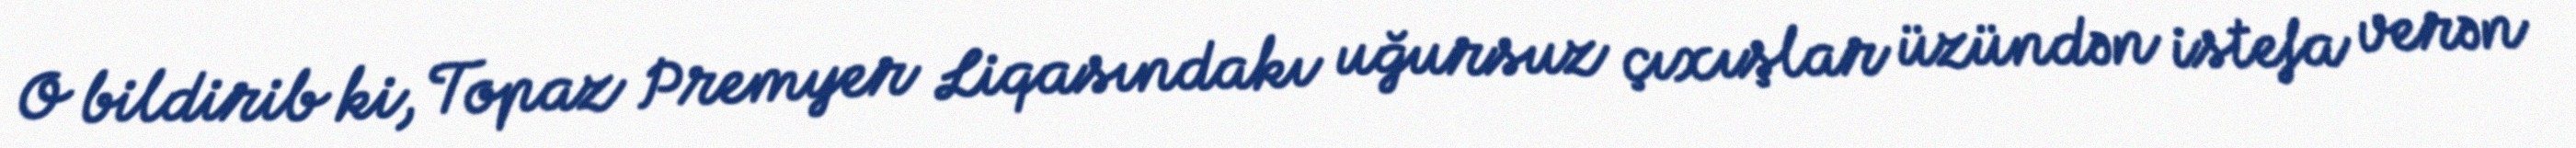
O bildirib ki, Topaz Premyer Liqasındakı uğursuz çıxışlar üzündən istefa verən